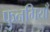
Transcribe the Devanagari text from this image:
फुनगियाँ